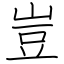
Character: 豈